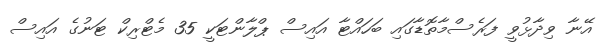
އޭނާ ވިދާޅުވީ ފަރެސްމާތޮޑާގައި ބަހައްޓާ އައިސް ޕްލާންޓަކީ 35 މެޓްރިކް ޓަނުގެ އައިސް